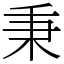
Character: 秉